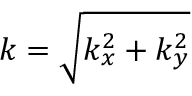
k = \sqrt { k _ { x } ^ { 2 } + k _ { y } ^ { 2 } }